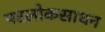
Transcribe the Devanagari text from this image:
परलोकसाधन